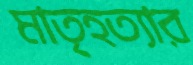
মাতৃহত্যার